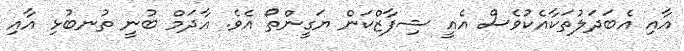
އާއި އެބަދަލުތަކާއެކުވެސް އެއީ ޝިފާޒްކަން ޔަގީންތޯ އެވެ. އާދަމް ބުނީ ތުނބުޅި އާއި